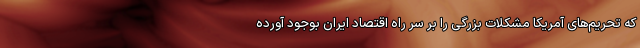
که تحریم‌های آمریکا مشکلات بزرگی را بر سر راه اقتصاد ایران بوجود آورده